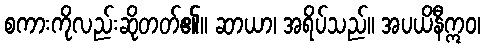
စကားကိုလည်းဆိုတတ်၏။ ဆာယာ၊ အရိပ်သည်။ အပယိနီဣဝ၊